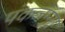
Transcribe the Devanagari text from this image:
पंकजम्मा